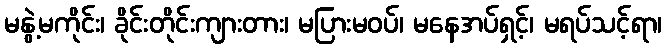
မနွဲ့မကိုင်း၊ ခိုင်းတိုင်းကျားတား၊ မပြားမဝပ်၊ မနေအပ်ရှင့်၊ မရပ်သင့်ရာ၊